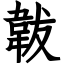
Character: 韍